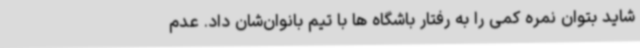
شاید بتوان نمره کمی را به رفتار باشگاه ها با تیم بانوان‌شان داد. عدم